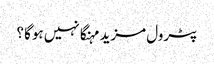
پٹرول مزید مہنگا نہیں ہوگا ؟